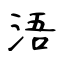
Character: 浯